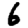
Digit: 6